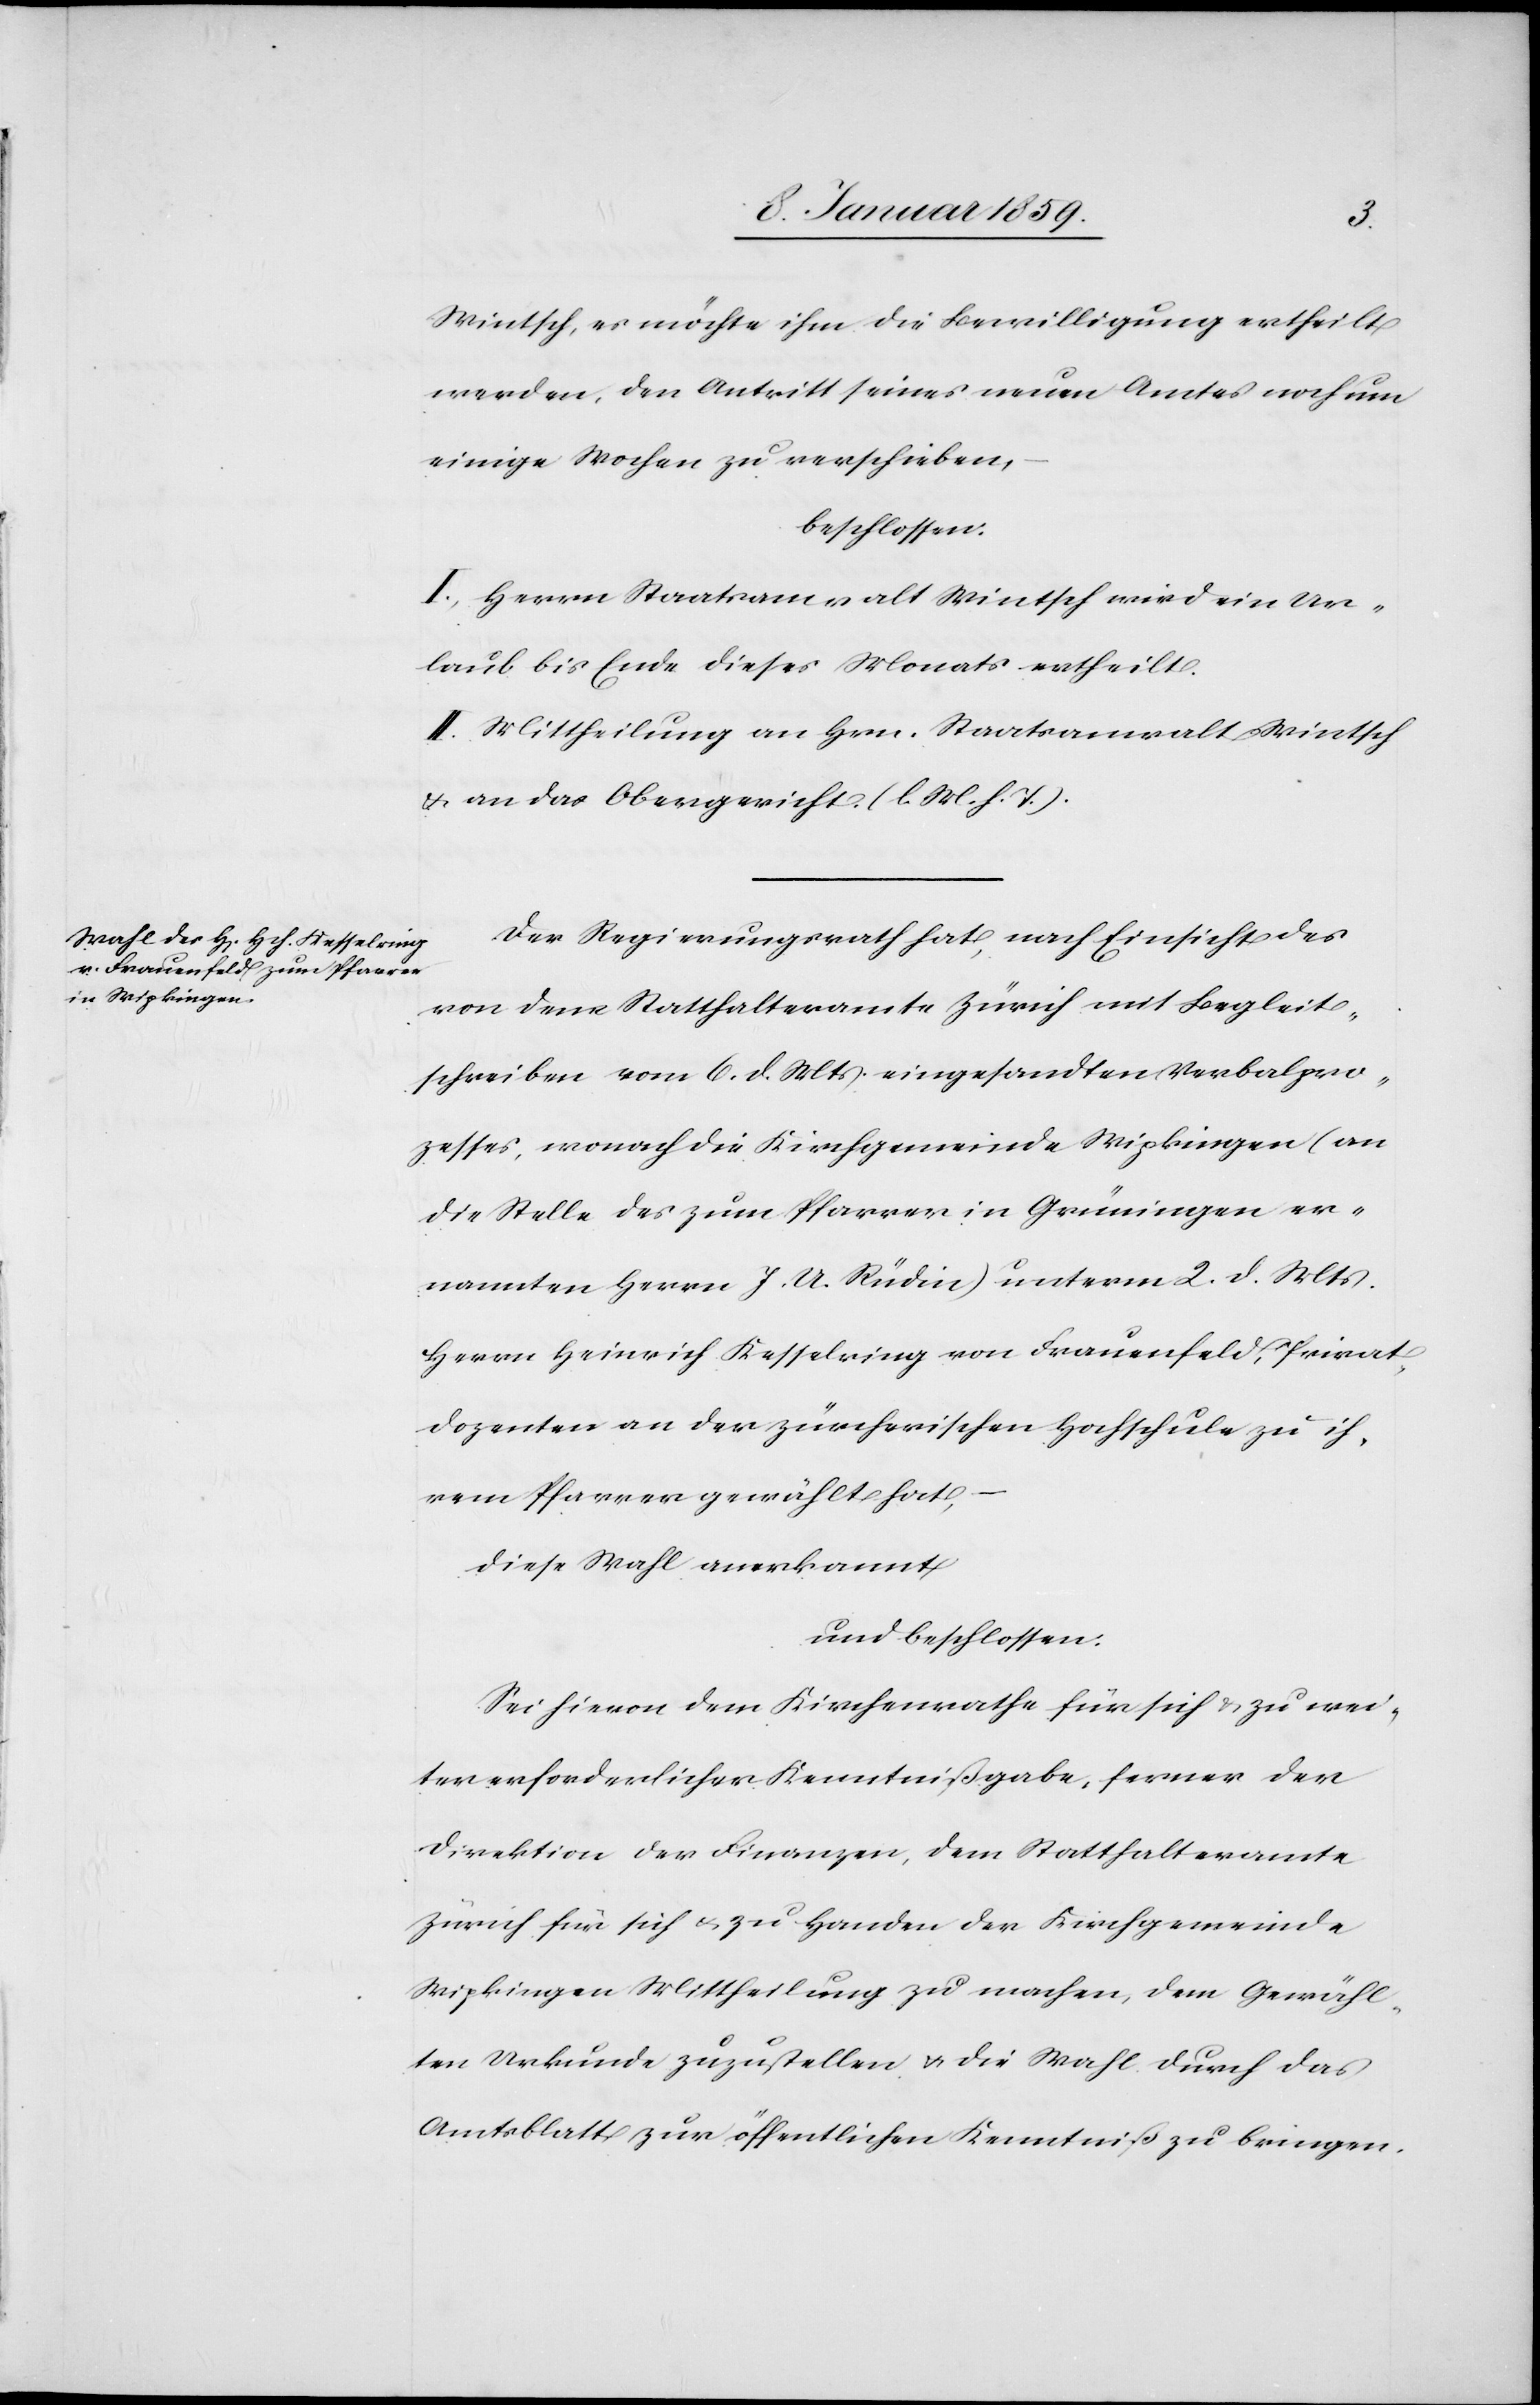
Wintsch, es möchte ihm die Bewilligung ertheilt
werden, den Antritt seines neuen Amtes noch um
einige Wochen zu verschieben,
beschlossen:
I. Herrn Staatsanwalt Wintsch wird ein Ur¬
laub bis Ende dieses Monats ertheilt.
II. Mittheilung an Hrn. Staatsanwalt Wintsch
u. an das Obergericht. (l. M. h. T.).
Der Regierungsrath hat, nach Einsicht des
von dem Statthalteramte Zürich mit Begleit¬
schreiben vom 6. d. Mts. eingesandten Verbalpro¬
zesses, wonach die Kirchgemeinde Wipkingen (an
die Stelle des zum Pfarrer in Grüningen er¬
nannten Herrn J. U. Rüdin) unterm 2. d. Mts.
Herrn Heinrich Kesselring von Frauenfeld, Privat¬
dozenten an der zürcherischen Hochschule zu ih¬
rem Pfarrer gewählt hat, –
diese Wahl anerkannt
und beschlossen.
Sei hievon dem Kirchenrathe für sich u. zu wei¬
ter erforderlicher Kenntnißgabe, ferner der
Direktion der Finanzen, dem Statthalteramte
Zürich für sich u. zu Handen der Kirchgemeinde
Wipkingen Mittheilung zu machen, dem Gewähl¬
ten Urkunde zuzustellen u. die Wahl durch das
Amtsblatt zur öffentlichen Kenntniß zu bringen.